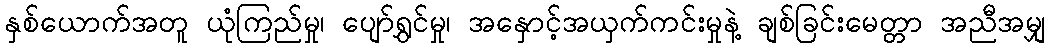
နှစ်ယောက်အတူ ယုံကြည်မှု၊ ပျော်ရွှင်မှု၊ အနှောင့်အယှက်ကင်းမှုနဲ့ ချစ်ခြင်းမေတ္တာ အညီအမျှ